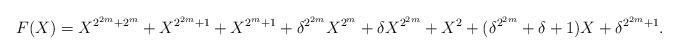
LaTeX: \begin{align*}F(X)=X^{2^{2m}+2^m}+X^{2^{2m}+1}+X^{2^m+1}+\delta^{2^{2m}} X^{2^m}+ \delta X^{2^{2m}}+X^2+(\delta^{2^{2m}}+\delta+1)X + \delta^{2^{2m}+1}.\end{align*}